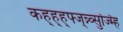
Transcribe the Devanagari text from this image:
कह्ह्ह्फ्ज्न्न्व्सुज्म्हि